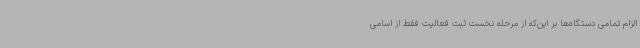
الزام تمامی دستگاه‌ها بر این‌که از مرحله نخست ثبت فعالیت فقط از اسامی